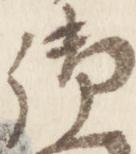
御